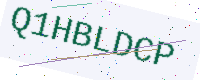
Text: Q1HBLDCP